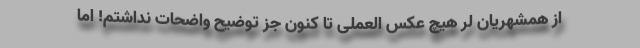
از همشهریان لر هیچ عکس العملی تا کنون جز توضیح واضحات نداشتم! اما